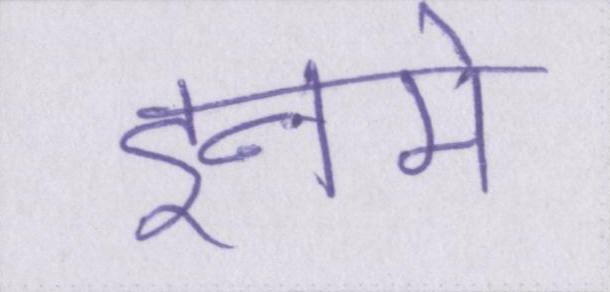
इनमे